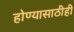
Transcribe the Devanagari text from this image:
होण्यासाठीही